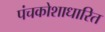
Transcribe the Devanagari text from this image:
पंचकोशाधारित